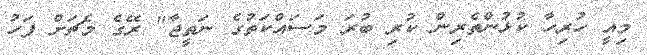
މިއީ ހުރިހާ ކުޅުންތެރިން ކުރި ބުރަ މަސައްކަތުގެ ނަތީޖާ" ރޭގެ މެޗަށް ފަހު